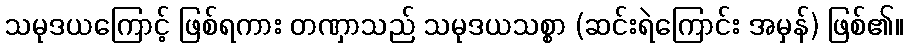
သမုဒယကြောင့် ဖြစ်ရကား တဏှာသည် သမုဒယသစ္စာ (ဆင်းရဲကြောင်း အမှန်) ဖြစ်၏။